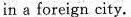
in a foreign city.